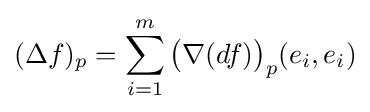
(\Delta f)_{p}=\sum _{i=1}^{m}{\big (}\nabla (df){\big )}_{p}(e_{i},e_{i})